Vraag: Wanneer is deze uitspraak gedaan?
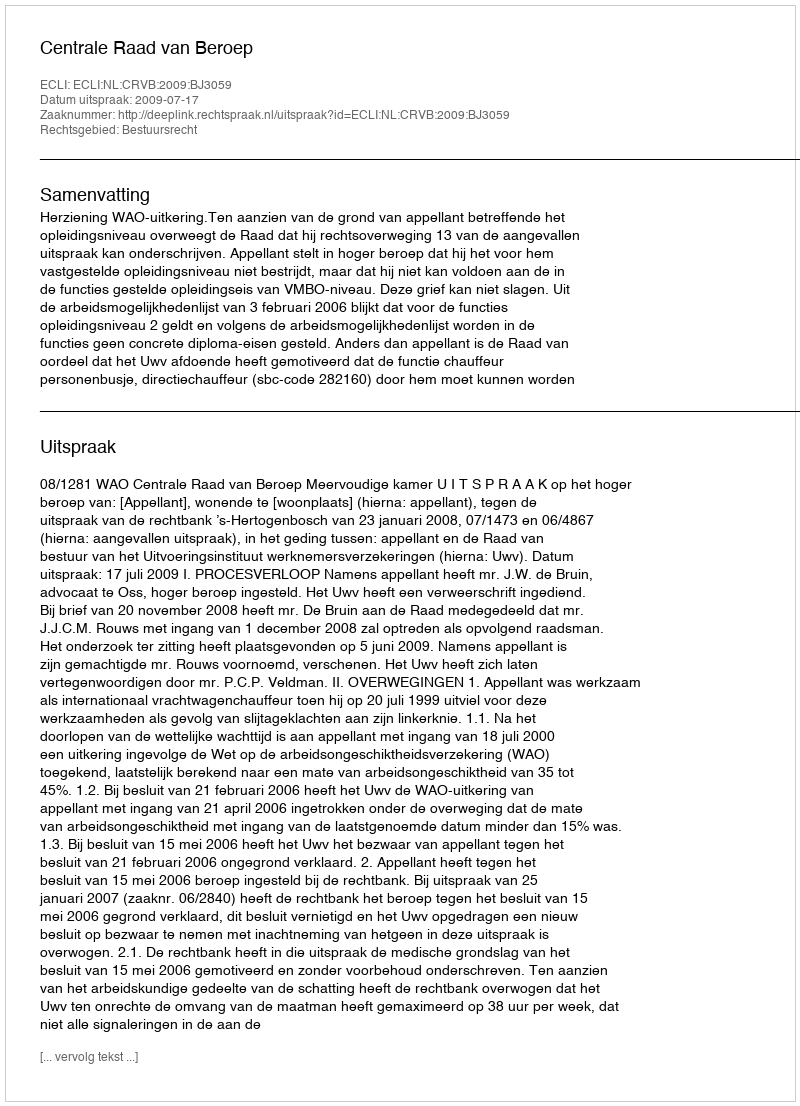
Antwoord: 2009-07-17